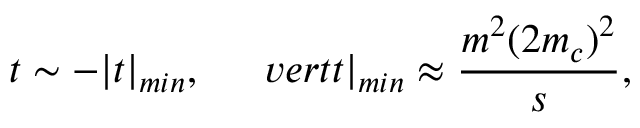
t \sim - \vert t \vert _ { m i n } , \ \ \ \ \, v e r t t \vert _ { m i n } \approx \frac { m ^ { 2 } ( 2 m _ { c } ) ^ { 2 } } { s } ,